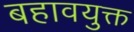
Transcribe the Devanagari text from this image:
बहावयुक्त